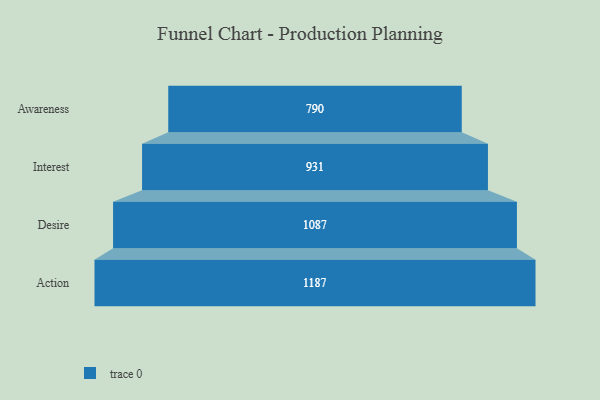
{"axis": {"x": "Stage", "y": "Value"}, "legend": [""], "data": [{"x": "Awareness", "y": 790.0, "type": ""}, {"x": "Interest", "y": 931.0, "type": ""}, {"x": "Desire", "y": 1087.0, "type": ""}, {"x": "Action", "y": 1187.0, "type": ""}]}